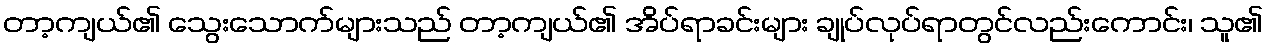
တာ့ကျယ်၏ သွေးသောက်များသည် တာ့ကျယ်၏ အိပ်ရာခင်းများ ချုပ်လုပ်ရာတွင်လည်းကောင်း၊ သူ၏